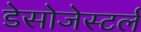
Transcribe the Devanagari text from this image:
डेसोजेस्टर्ल